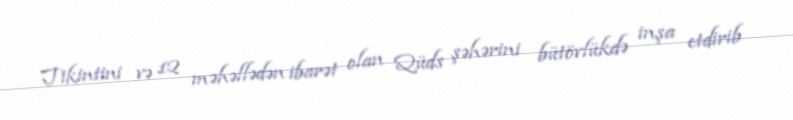
Tikintini və 12 məhəllədən ibarət olan Qüds şəhərini bütövlükdə inşa etdirib